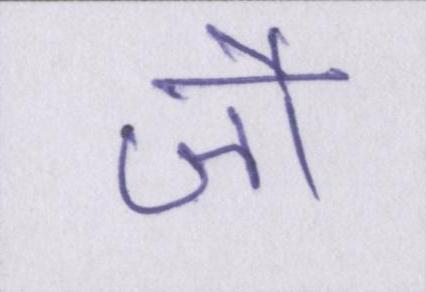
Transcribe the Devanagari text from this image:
जौ